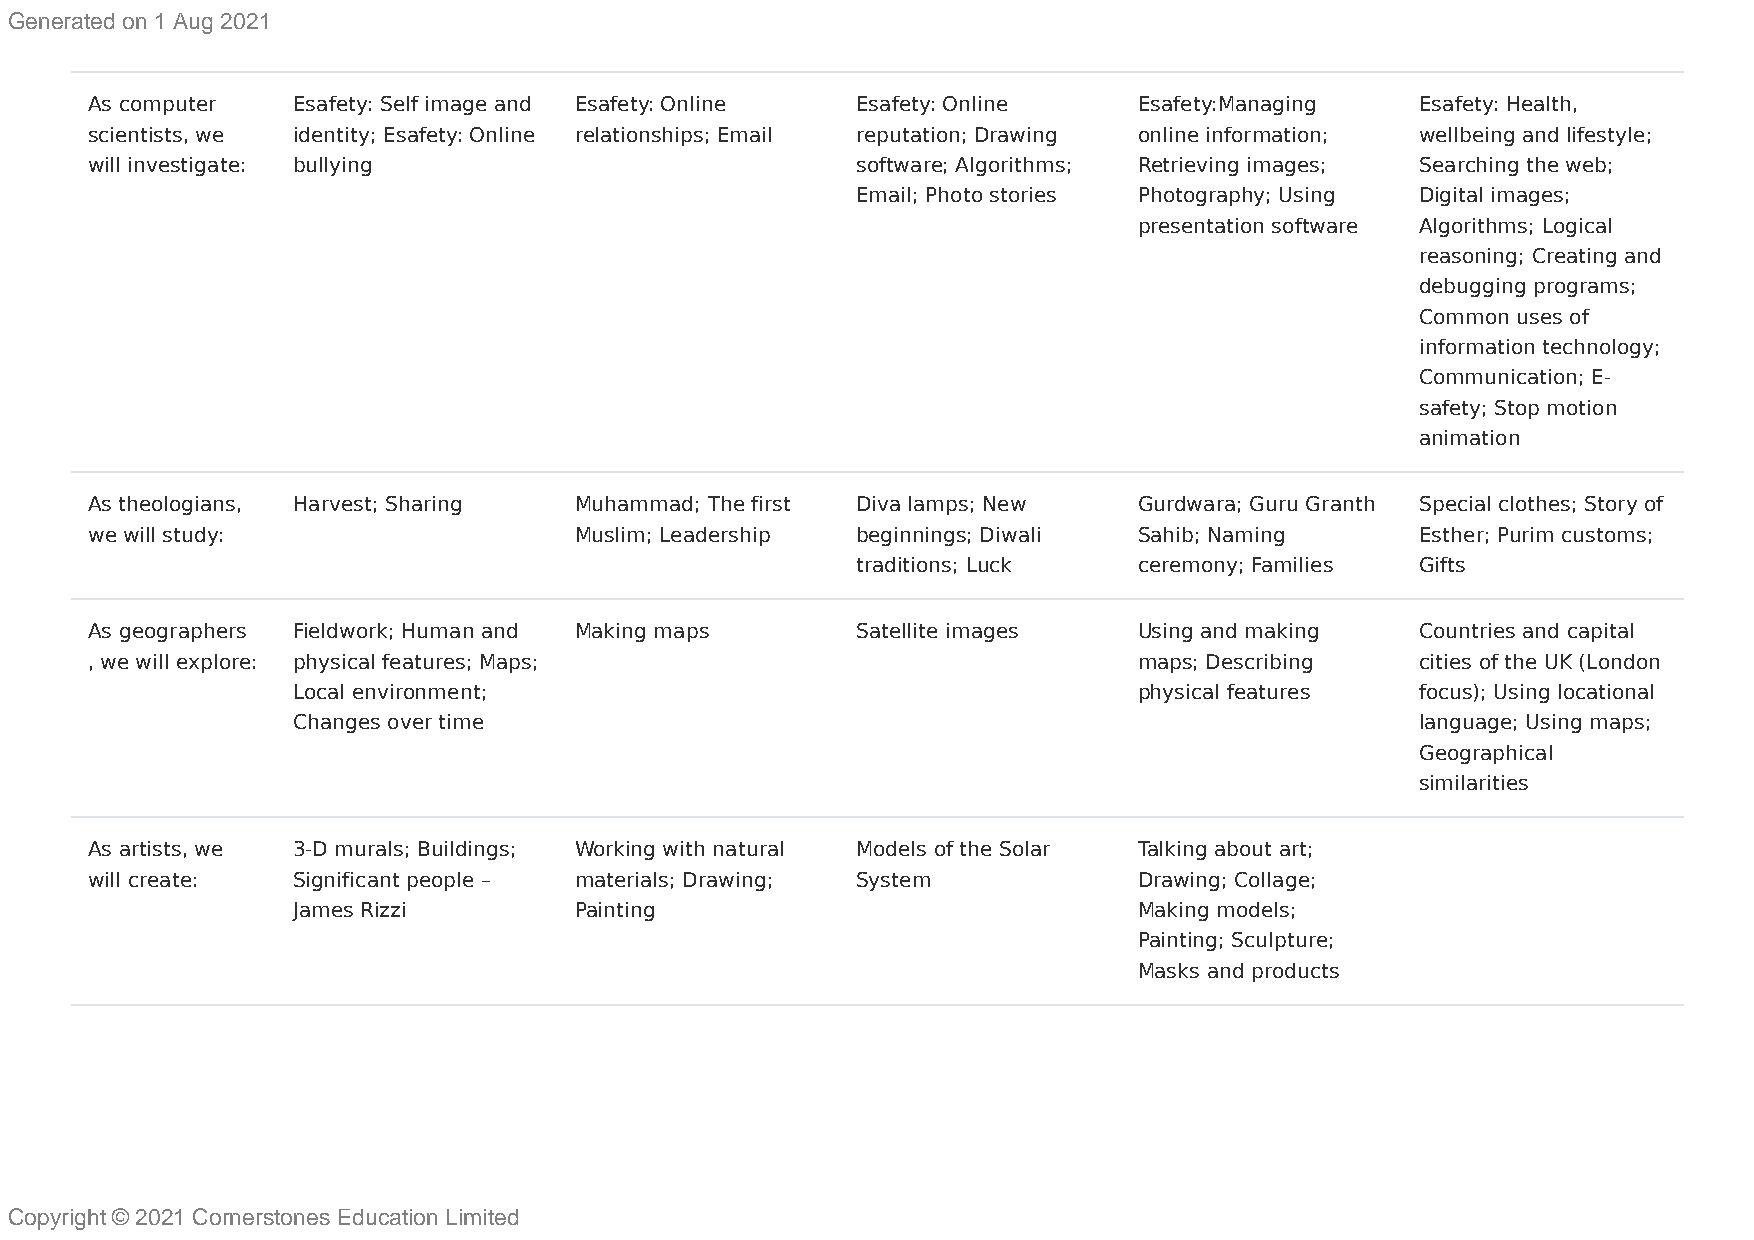
Generated on 1 Aug 2021
 As computer  Esafety: Self image and Esafety: Online Esafety: Online Esafety:Managing   Esafety: Health,
 scientists, we identity; Esafety: Online relationships; Email reputation; Drawing online information; wellbeing and lifestyle;
 will investigate: bullying                         software; Algorithms; Retrieving images; Searching the web;
 Email; Photo stories Photography; Using Digital images;
 presentation software Algorithms; Logical
 reasoning; Creating and
 debugging programs;
 Common uses of
 information technology;
 Communication; E-
 safety; Stop motion
 animation
 As theologians, Harvest; Sharing Muhammad; The first Diva lamps; New Gurdwara; Guru Granth Special clothes; Story of
 we will study:                  Muslim; Leadership beginnings; Diwali Sahib; Naming     Esther; Purim customs;
 traditions; Luck  ceremony; Families Gifts
 As geographers Fieldwork; Human and Making maps    Satellite images  Using and making   Countries and capital
 , we will explore: physical features; Maps;                          maps; Describing   cities of the UK (London
 Local environment;                                      physical features  focus); Using locational
 Changes over time                                                          language; Using maps;
 Geographical
 similarities
 As artists, we 3-D murals; Buildings; Working with natural Models of the Solar Talking about art;
 will create: Significant people – materials; Drawing; System         Drawing; Collage;
 James Rizzi        Painting                             Making models;
 Painting; Sculpture;
 Masks and products
 Copyright © 2021 Cornerstones Education Limited